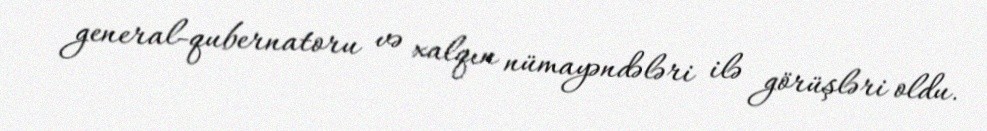
general-qubernatoru və xalqın nümayəndələri ilə görüşləri oldu.